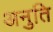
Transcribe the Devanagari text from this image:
अनुति